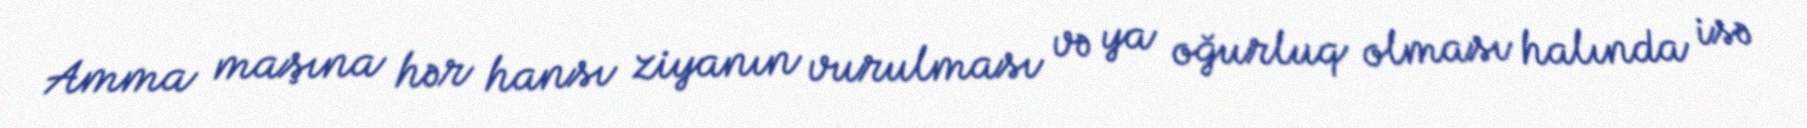
Amma maşına hər hansı ziyanın vurulması və ya oğurluq olması halında isə